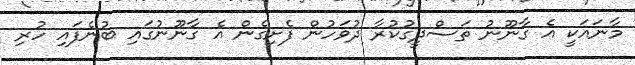
މާނައަކީ އެ ގާނޫނު ތަސްދީގުކުރާ ދުވަހުން ފެށިގެން އެ ގާނޫނުގައި ބުނެފައި ހުރި